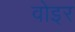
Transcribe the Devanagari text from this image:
वोइर